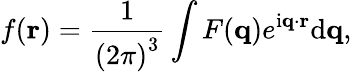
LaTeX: f(\mathbf{r})={\frac{1}{\left(2\pi\right)^{3}}}\int F(\mathbf{q})e^{\mathrm{i}\mathbf{q}\cdot\mathbf{r}}\mathrm{d}\mathbf{q},